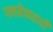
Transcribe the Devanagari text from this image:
गणवेषधारी